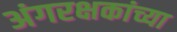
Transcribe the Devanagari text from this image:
अंगरक्षकांच्या